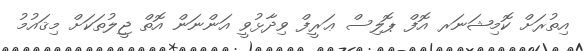
އިތުރަށް ކޮމިޝަނަރ އޮފް ޕޮލިސް ޢަރީފް ވިދާޅުވީ އަންނަން އޮތް ޖީލުތަކަށް މިޤައުމު